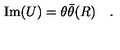
\mathrm { I m } ( U ) = \theta \bar { \theta } ( R ) \quad .